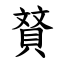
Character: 䝺